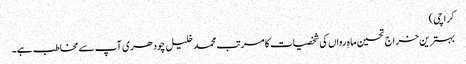
کراچی)
بہترین خراج تحسین ماہِ رواں کی شخصیات کا مرتب محمد خلیل چودھری آپ سے مخاطب ہے۔